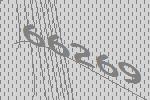
66269